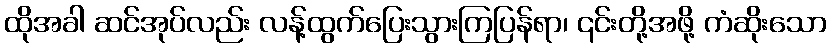
ထိုအခါ ဆင်အုပ်လည်း လန့်ထွက်ပြေးသွားကြပြန်ရာ၊ ၎င်းတို့အဖို့ ကံဆိုးသော